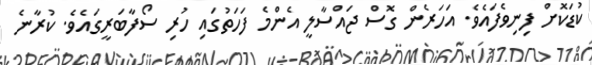
ކުޑަކޮށް ފިނިވެފައެވެ. އަހަރެން ގޮސް ޖައްސާލީ އެންމެ ފަހަތުގައި ހުރި ސޯފާބަރީގައެވެ. ކުރާނެ